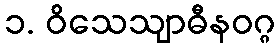
၁. ဝိသေသျာဓီနဝဂ္ဂ